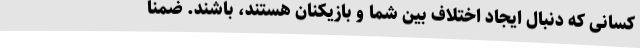
کسانی که دنبال ایجاد اختلاف بین شما و بازیکنان هستند، باشند. ضمنا